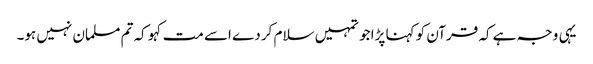
یہی وجہ ہے کہ قرآن کو کہنا پڑا جو تمہیں سلام کر دے اسے مت کہو کہ تم مسلمان نہیں ہو۔